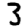
Digit: 3